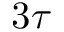
3 \tau